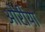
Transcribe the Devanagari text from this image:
ओरीया